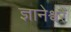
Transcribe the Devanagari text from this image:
ज्ञानेश्वरें